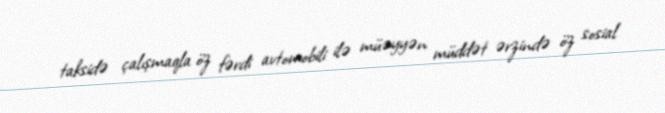
taksidə çalışmaqla öz fərdi avtomobili ilə müəyyən müddət ərzində öz sosial